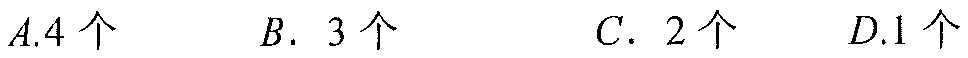
\(A.4\text{ 个}\quad B.\ 3\text{ 个}\quad C.\ 2\text{ 个}\quad D.1\text{ 个}\)